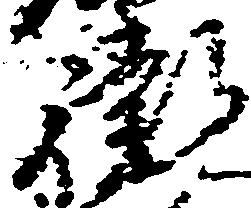
衛